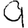
Digit: 9